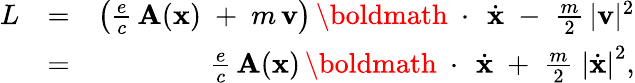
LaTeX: \begin{array}{rlr}{L}&{=}&{\left(\frac{e}{c}\, {\mathbf A}({\mathbf x})\; +\; m\, {\mathbf v}\right)\, \mathrm{\boldmath~\cdot~}\, \dot{\mathbf x}\; -\; \frac{m}{2}\, |{\mathbf v}|^{2}}\\ &{=}&{\frac{e}{c}\, {\mathbf A}({\mathbf x})\, \mathrm{\boldmath~\cdot~}\, \dot{\mathbf x}\; +\; \frac{m}{2}\; \left|\dot{\mathbf x}\right|^{2},}\end{array}